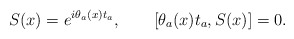
\begin{align*} S(x) = e^{i\theta_a(x) t_a}, \qquad [\theta_a(x) t_a, S(x)] = 0.\end{align*}